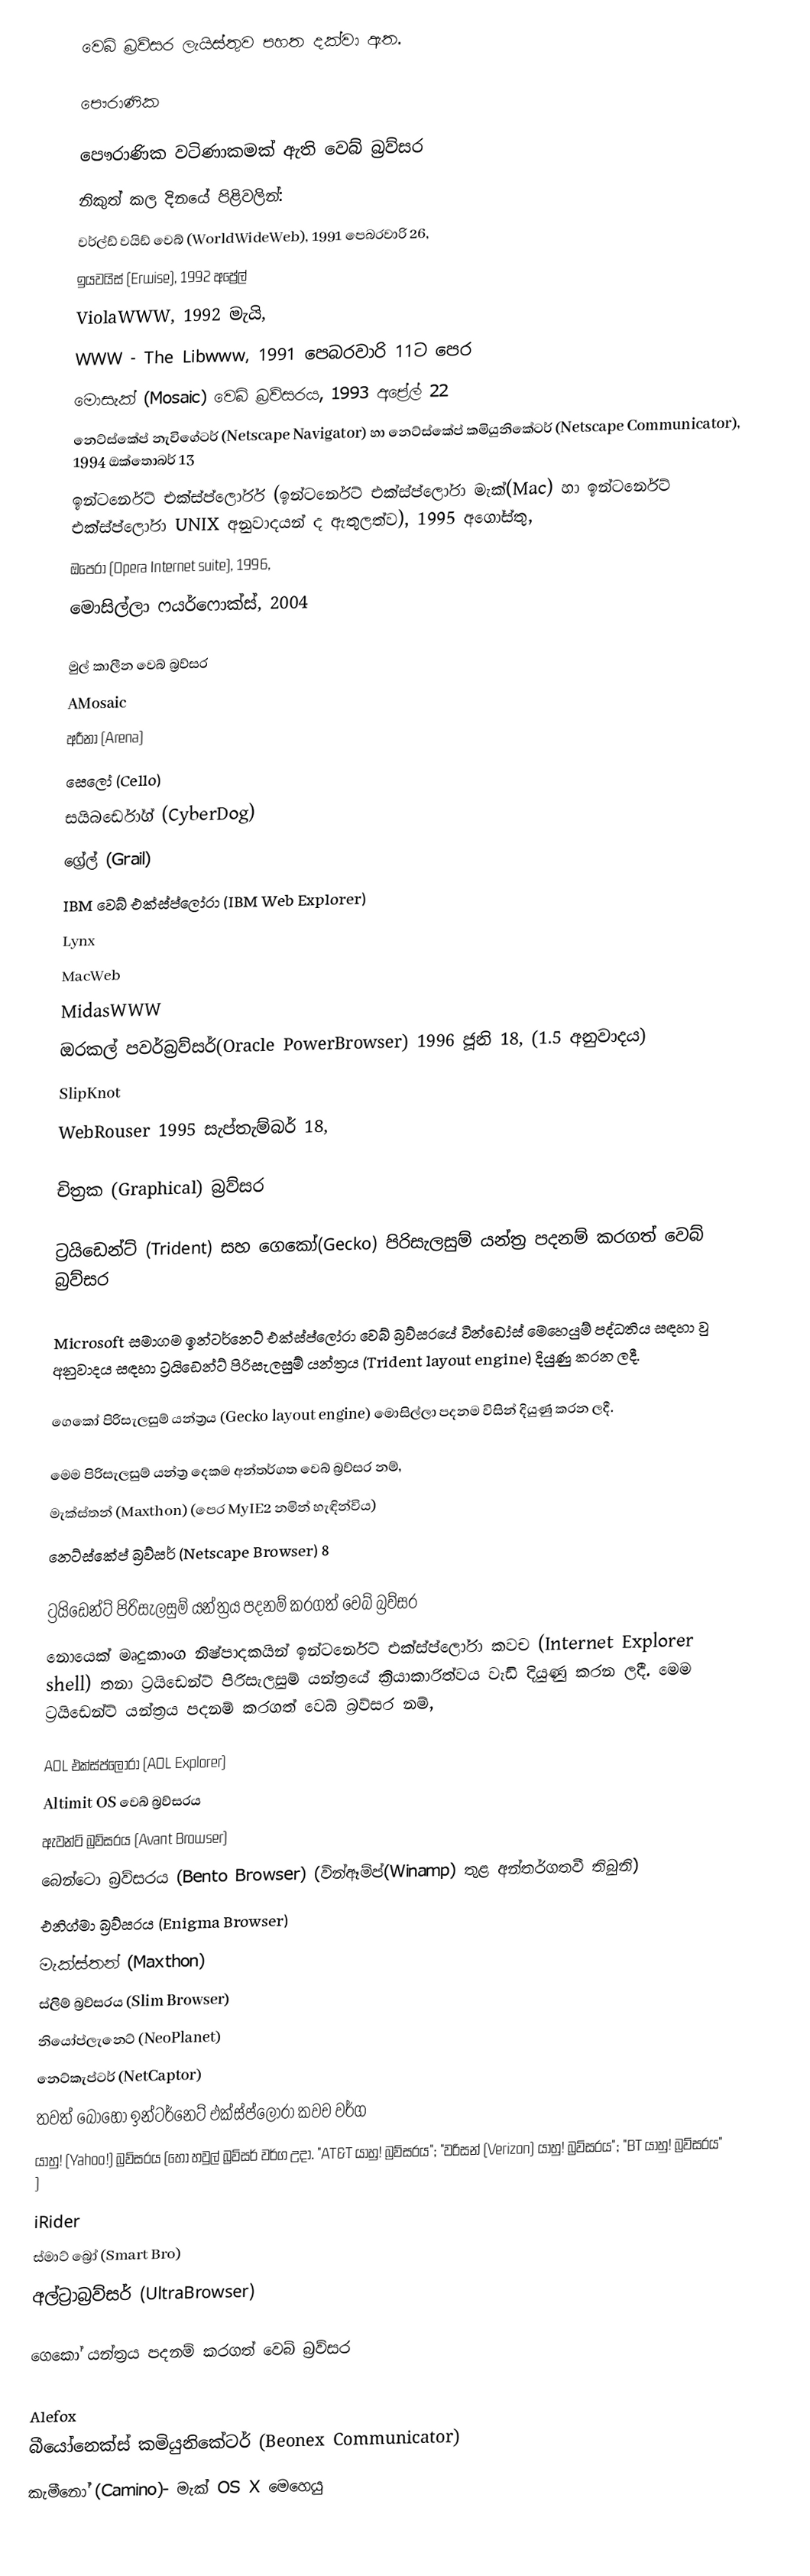
වෙබ් බ්‍රව්සර ලැයිස්තුව පහත දක්වා ඇත.

පෞරාණික

පෞරාණික වටිණාකමක් ඇති වෙබ් බ්‍රව්සර
නිකුත් කල දිනයේ පිළිවලින්:
 වර්ල්ඩ් වයිඩ් වෙබ් (WorldWideWeb), 1991 පෙබරවාරි 26,
 ඉයවයිස් (Erwise), 1992 අප්‍රේල්
 ViolaWWW, 1992 මැයි,
 WWW - The Libwww, 1991 පෙබරවාරි 11ට පෙර
 මොසැක් (Mosaic) වෙබ් බ්‍රව්සරය, 1993 අප්‍රේල් 22
 නෙට්ස්කේප් නැවිගේටර් (Netscape Navigator) හා නෙට්ස්කේප් කමියුනිකේටර් (Netscape Communicator), 1994 ඔක්තොබර් 13
 ඉන්ටර්නෙට් එක්ස්ප්ලෝරර් (ඉන්ටර්නෙට් එක්ස්ප්ලෝරා මැක්(Mac) හා ඉන්ටර්නෙට් එක්ස්ප්ලෝරා UNIX අනුවාදයන් ද ඇතුලත්ව), 1995 අගෝස්තු,
 ඔපෙරා (Opera Internet suite), 1996,
 මොසිල්ලා ෆයර්ෆොක්ස්, 2004

මුල් කාලීන වෙබ් බ්‍රව්සර
 AMosaic
 අරීනා (Arena)
 සෙලෝ (Cello)
 සයිබර්ඩෝග් (CyberDog)
 ග්‍රේල් (Grail)
 IBM වෙබ් එක්ස්ප්ලෝරා (IBM Web Explorer)
 Lynx
 MacWeb
 MidasWWW
 ඔරකල් පවර්බ්‍රව්සර්(Oracle PowerBrowser) 1996 ජූනි 18, (1.5 අනුවාදය)
 SlipKnot
 WebRouser 1995 සැප්තැම්බර් 18,

චිත්‍රක (Graphical) බ්‍රව්සර

ට්‍රයිඩෙන්ට් (Trident) සහ ගෙකෝ(Gecko) පිරිසැලසුම් යන්ත්‍ර පදනම් කරගත් වෙබ් බ්‍රව්සර

Microsoft සමාගම ඉන්ටර්නෙට් එක්ස්ප්ලෝරා වෙබ් බ්‍රව්සරයේ වින්ඩෝස් ‍මෙහෙයුම් පද්ධතිය සඳහා වු අනුවාදය සඳහා ට්‍රයිඩෙන්ට් පිරිසැලසුම් යන්ත්‍රය (Trident layout engine) දියුණු කරන ලදී.

ගෙකෝ පිරිසැලසුම් යන්ත්‍රය (Gecko layout engine) මොසිල්ලා පදනම විසින් දියුණු කරන ලදී.

මෙම පිරිසැලසුම් යන්ත්‍ර දෙකම අන්තර්ගත වෙබ් බ්‍රව්සර නම්,
 මැක්ස්තන් (Maxthon) (පෙර MyIE2 නමින් හැඳින්විය)
 නෙට්ස්කේප් බ්‍රව්සර් (Netscape Browser) 8

ට්‍රයිඩෙන්ට් පිරිසැලසුම් යන්ත්‍රය පදනම් කරගත් වෙබ් බ්‍රව්සර
නොයෙක් මෘදුකාංග නිෂ්පාදකයින් ඉන්ටර්නෙට් එක්ස්ප්ලෝරා කවච (Internet Explorer shell) තනා ට්‍රයිඩෙන්ට් පිරිසැලසුම් යන්ත්‍රයේ ක්‍රියාකාරිත්වය වැඩි දියුණු කරන ලදී. මෙම ට්‍රයිඩෙන්ට් යන්ත්‍රය පදනම් කරගත් වෙබ් බ්‍රව්සර නම්,

 AOL එක්ස්ප්ලොරා (AOL Explorer)
 Altimit OS වෙබ් බ්‍රව්සරය
 ඇවන්ට් බ්‍රව්සරය (Avant Browser)
 බෙන්ටො බ්‍රව්සරය (Bento Browser) (වින්ඈම්ප්(Winamp) තුළ අන්තර්ගතවී තිබුනි)
 එනිග්මා බ්‍රව්සරය (Enigma Browser)
 මැක්ස්තන් (Maxthon)
 ස්ලිම් බ්‍රව්සරය (Slim Browser)
 නියෝප්ලැනෙට් (NeoPlanet)
 නෙට්කැප්ටර් (NetCaptor)
 තවත් බොහෝ ඉන්ටර්නෙට් එක්ස්ප්ලෝරා කවච වර්ග
 යාහු! (Yahoo!) බ්‍රව්සරය (හෝ හවුල් බ්‍රව්සර් වර්ග උදා. "AT&T යාහු! බ්‍රව්සරය"; "වරිසන් (Verizon) යාහු! බ්‍රව්සරය"; "BT යාහු! බ්‍රව්සරය" )
 iRider
 ස්මාට් බ්‍රෝ (Smart Bro)
 අල්ට්‍රාබ්‍රව්සර් (UltraBrowser)

ගෙකෝ යන්ත්‍රය පදනම් කරගත් වෙබ් බ්‍රව්සර

 Alefox
 බීයෝනෙක්ස් කමියුනිකේටර් (Beonex Communicator)
 කැමීනෝ (Camino)- මැක් OS X මෙහෙයු